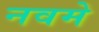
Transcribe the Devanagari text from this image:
नवमे